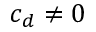
c _ { d } \neq 0